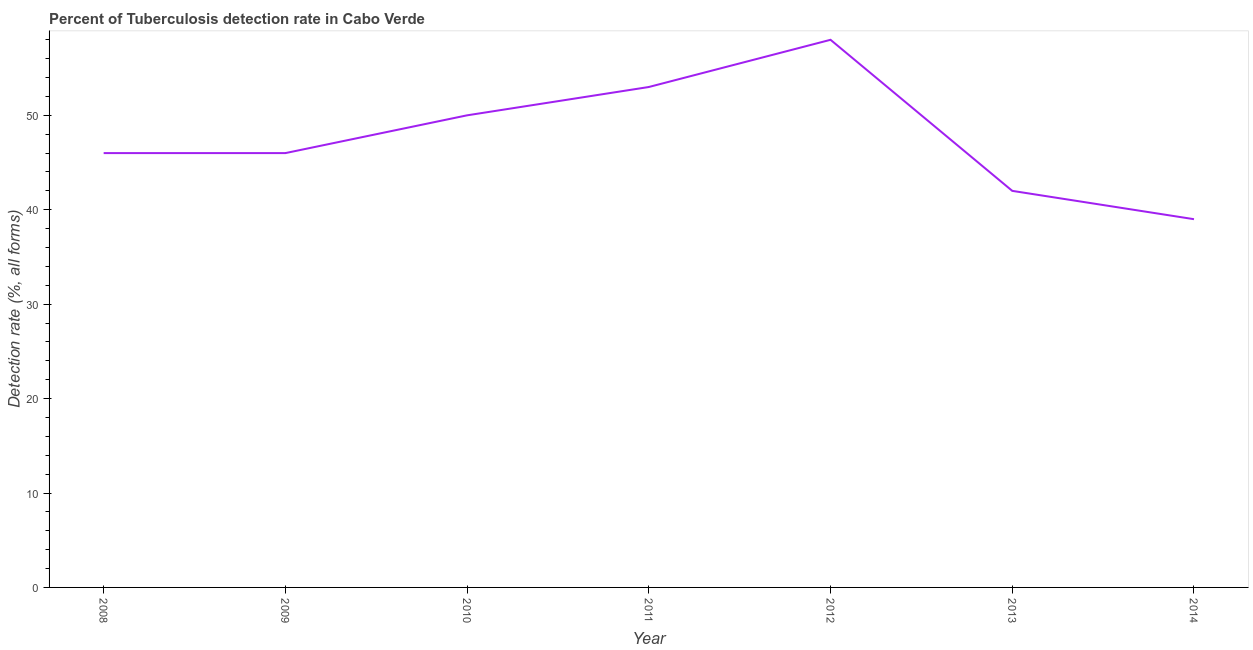
| Year | Tuberculosis case detection rate |
 | --- | --- |
 | 2008 | 46 |
 | 2009 | 46 |
 | 2010 | 50 |
 | 2011 | 53 |
 | 2012 | 58 |
 | 2013 | 42 |
 | 2014 | 39 |